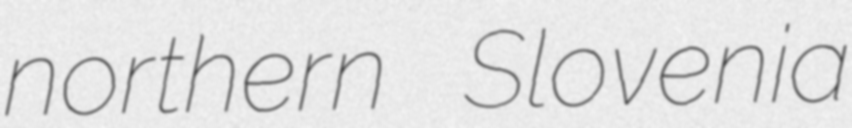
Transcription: northern Slovenia